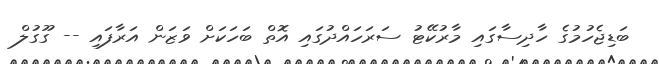
ބަޑިޖެހުމުގެ ހާދިސާގައި މާރުކޭޓު ސަރަހައްދުގައި އޮތް ބަހަކަށް ވަޒަން އަރާފައި -- ގޫގުލް